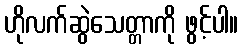
ဟိုလက်ဆွဲသေတ္တာကို ဖွင့်ပါ။